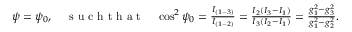
\begin{array} { r } { \psi = \psi _ { 0 } , \quad \mathrm { ~ s ~ u ~ c ~ h ~ t ~ h ~ a ~ t ~ } \quad \cos ^ { 2 } \psi _ { 0 } = \frac { I _ { ( 1 - 3 ) } } { I _ { ( 1 - 2 ) } } = \frac { I _ { 2 } ( I _ { 3 } - I _ { 1 } ) } { I _ { 3 } ( I _ { 2 } - I _ { 1 } ) } = \frac { g _ { 1 } ^ { 2 } - g _ { 3 } ^ { 2 } } { g _ { 1 } ^ { 2 } - g _ { 2 } ^ { 2 } } . } \end{array}